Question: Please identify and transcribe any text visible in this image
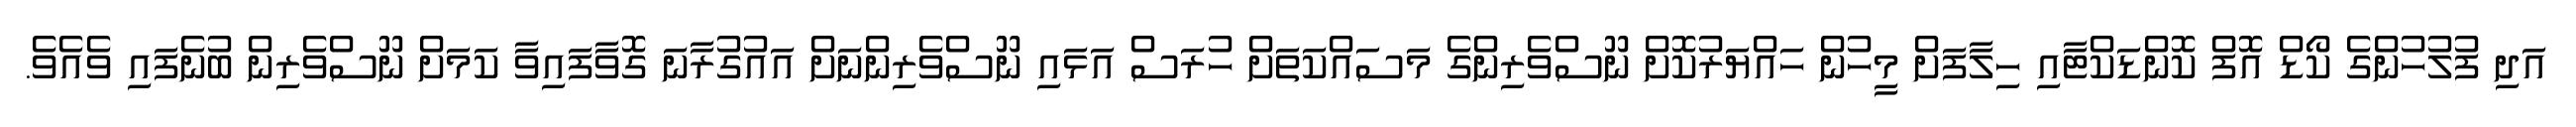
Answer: އަދި ފުލުހުންގެ ކޯޑް އޮފް ކޮންޑަކްޓާއި ހިލާފަށް މީހުން ހައްޔަރުކޮށް ނޫސްވެރިންގެ މަސައްކަތަށް ހުރަސް އަޅައި ނޫސްވެރިންނަށް އައުގުރާނަ ގޮވާފައިވާ ކަމަށް ނޫސްވެރިން ބުނެފައި ވެއެވެ.